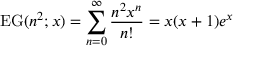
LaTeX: \operatorname { E G } ( n ^ { 2 } ; x ) = \sum _ { n = 0 } ^ { \infty } { \frac { n ^ { 2 } x ^ { n } } { n ! } } = x ( x + 1 ) e ^ { x }